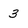
Character: 3